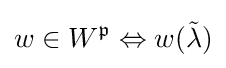
w\in W^{\mathfrak {p}}\Leftrightarrow w({\tilde {\lambda }})